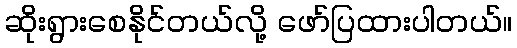
ဆိုးရွားစေနိုင်တယ်လို့ ဖော်ပြထားပါတယ်။